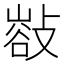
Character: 𢿁